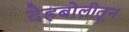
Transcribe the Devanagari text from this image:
देहबोलीतून